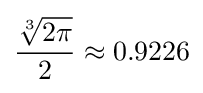
{\frac {\sqrt[{3}]{2\pi }}{2}}\approx 0.9226